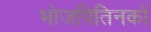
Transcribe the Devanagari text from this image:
भोजपितिनकों